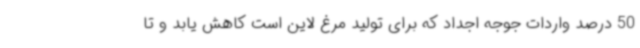
50 درصد واردات جوجه اجداد که برای تولید مرغ لاین است کاهش یابد و تا